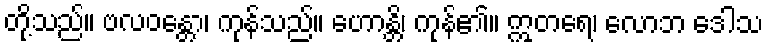
တို့သည်။ ဗလဝန္တော၊ ကုန်သည်။ ဟောန္တိ၊ ကုန်၏။ ဣတရေ၊ လောဘ ဒေါသ